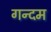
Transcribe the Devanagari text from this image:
गन्दम